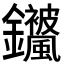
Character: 𬬣